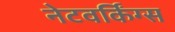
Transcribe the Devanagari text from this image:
नेटवर्किंग्स